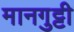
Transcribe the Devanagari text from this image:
मानगुट्टी